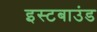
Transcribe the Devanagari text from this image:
इस्टबाउंड